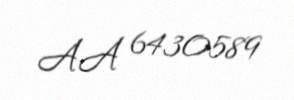
AA 6430589